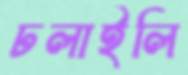
ঢলাইলি